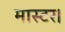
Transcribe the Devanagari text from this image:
मास्‍टर।